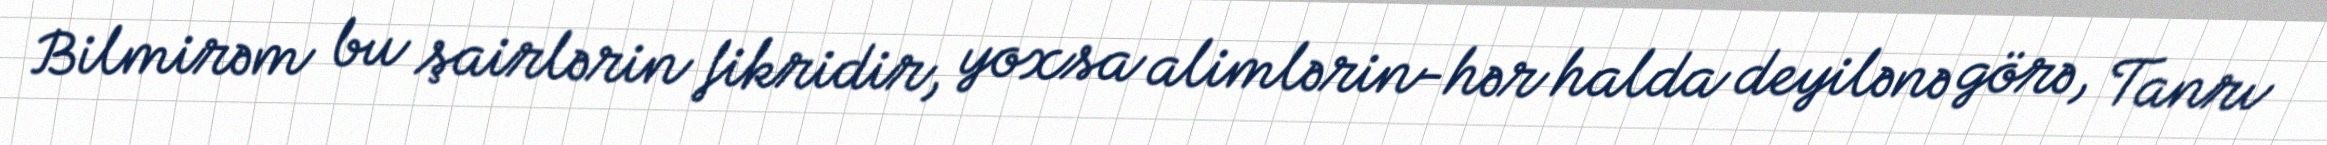
Bilmirəm bu şairlərin fikridir, yoxsa alimlərin-hər halda deyilənə görə, Tanrı